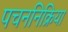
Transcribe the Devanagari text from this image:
पचननिक्रिया